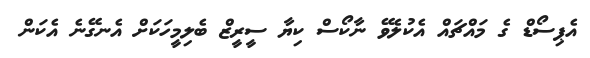
އެޕިސޯޑް ގެ މައްޗައް އެކުލެވޭ ނާކޯސް ކިޔާ ސީރީޒް ބެލިމީހަކަށް އެނގޭނެ އެކަން